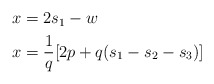
\begin{align*}\begin{aligned}x& = 2s_1 - w \\x& = \frac{1} {q} [ 2p + q ( s_1 - s_2 - s_3 ) ] \\\end{aligned}\end{align*}